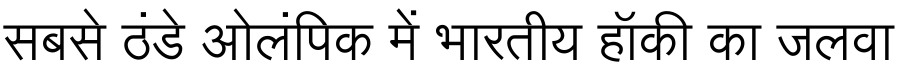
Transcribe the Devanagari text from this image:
सबसे ठंडे ओलंपिक में भारतीय हॉकी का जलवा